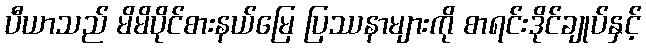
ပီယာသည် မိမိပိုင်စားနယ်မြေ ပြဿနာများကို စာရင်းဒိုင်ချုပ်နှင့်